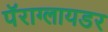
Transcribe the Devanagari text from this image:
पॅराग्लायडर